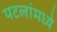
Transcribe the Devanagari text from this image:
पटलांमध्ये